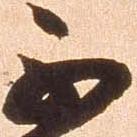
不